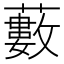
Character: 藪